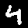
Digit: 4